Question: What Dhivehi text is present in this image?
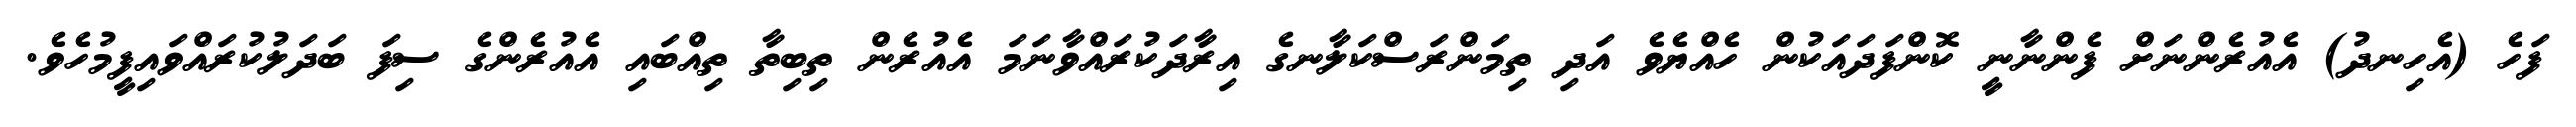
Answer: ފަހެ (އެހިނދު) އެއުރެންނަށް ފެންނާނީ ކޮންފަދައަކުން ހެއްޔެވެ އަދި ތިމަންރަސްކަލާނގެ އިރާދަކުރައްވާނަމަ އެއުރެން ތިބިތާ ތިއްބައި އެއުރެންގެ ސިފަ ބަދަލުކުރައްވައިފީމުހެވެ.